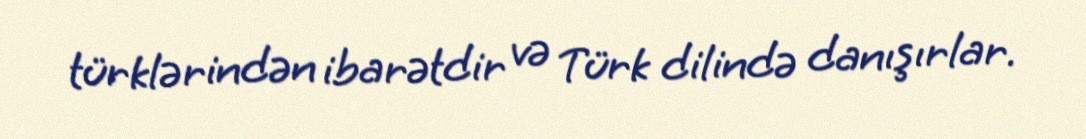
türklərindən ibarətdir və Türk dilində danışırlar.